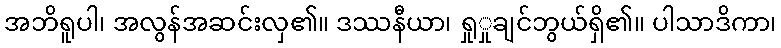
အဘိရူပါ၊ အလွန်အဆင်းလှ၏။ ဒဿနီယာ၊ ရှုှုချင်ဘွယ်ရှိ၏။ ပါသာဒိကာ၊